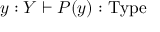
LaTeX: y : Y \vdash P ( y ) : \mathrm { T y p e }